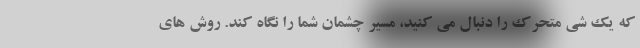
که یک شی متحرک را دنبال می کنید، مسیر چشمان شما را نگاه کند. روش های